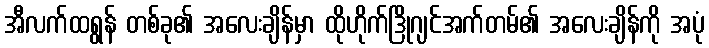
အီလက်ထရွန် တစ်ခု၏ အလေးချိန်မှာ ထိုဟိုက်ဒြိုဂျင်အက်တမ်၏ အလေးချိန်ကို အပုံ